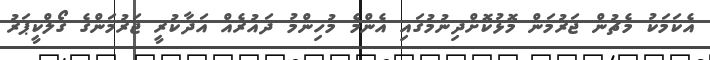
އެކަމަކު މެޗުން ޖަރުމަން މޮޅުކޮށްދިނުމުގައި އެންމެ މުހިންމު ދައުރެއް އަދާކުރީ ޖަރުމަންގެ ގޯލްކީޕަރު